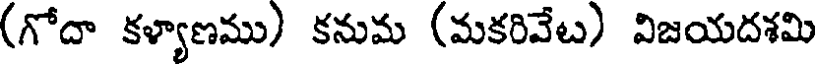
(గోదా కళ్యాణము) కనుమ (మకరివేట) విజయదశమి